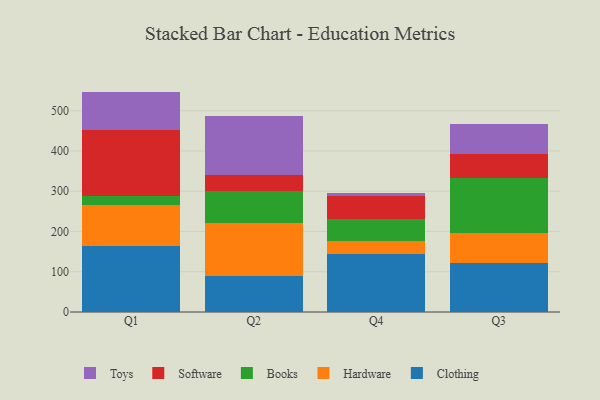
{"axis": {"x": "Quarter", "y": "Budget (USD K)"}, "legend": ["Books", "Clothing", "Hardware", "Software", "Toys"], "data": [{"x": "Q1", "y": 163.0, "type": "Clothing"}, {"x": "Q1", "y": 103.5, "type": "Hardware"}, {"x": "Q1", "y": 21.7, "type": "Books"}, {"x": "Q1", "y": 164.0, "type": "Software"}, {"x": "Q1", "y": 95.2, "type": "Toys"}, {"x": "Q2", "y": 88.4, "type": "Clothing"}, {"x": "Q2", "y": 132.0, "type": "Hardware"}, {"x": "Q2", "y": 80.9, "type": "Books"}, {"x": "Q2", "y": 38.2, "type": "Software"}, {"x": "Q2", "y": 148.5, "type": "Toys"}, {"x": "Q4", "y": 145.3, "type": "Clothing"}, {"x": "Q4", "y": 29.9, "type": "Hardware"}, {"x": "Q4", "y": 55.9, "type": "Books"}, {"x": "Q4", "y": 56.2, "type": "Software"}, {"x": "Q4", "y": 8.1, "type": "Toys"}, {"x": "Q3", "y": 122.9, "type": "Clothing"}, {"x": "Q3", "y": 73.9, "type": "Hardware"}, {"x": "Q3", "y": 136.1, "type": "Books"}, {"x": "Q3", "y": 59.2, "type": "Software"}, {"x": "Q3", "y": 74.0, "type": "Toys"}]}